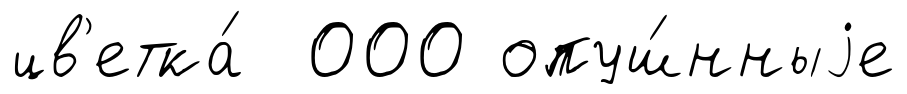
цв'етка́ 000 опуш́нныjе